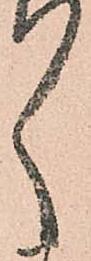
々